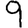
Digit: 9